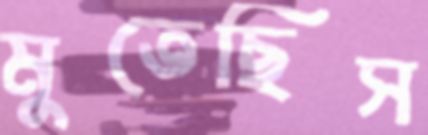
মুতেছিস